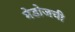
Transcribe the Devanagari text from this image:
मेडोजची